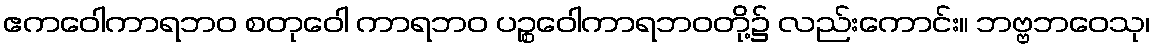
ဧကဝေါကာရဘဝ စတုဝေါ ကာရဘဝ ပဉ္စဝေါကာရဘဝတို့၌ လည်းကောင်း။ ဘဗ္ဗဘဝေသု၊